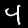
Label: 4